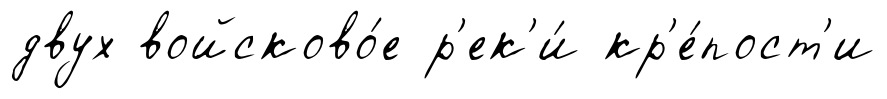
двух войсково́е р'ек'и́ кр'е́пост'и